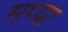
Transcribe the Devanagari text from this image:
मप्पा